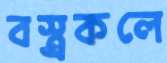
বস্ত্রকলে